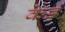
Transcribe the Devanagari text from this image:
केड़